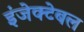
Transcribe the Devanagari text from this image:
इंजेक्टेबल